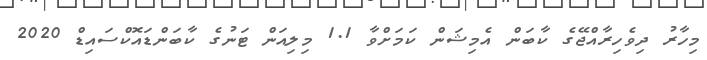
މިހާރު ދިވެހިރާއްޖޭގެ ކާބަން އެމިޝަން ކަމަށްވާ 1.1 މިލިއަން ޓަނުގެ ކާބަންޑައޮކްސައިޑް 2020